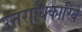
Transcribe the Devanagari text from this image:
उत्तराधिकारियें